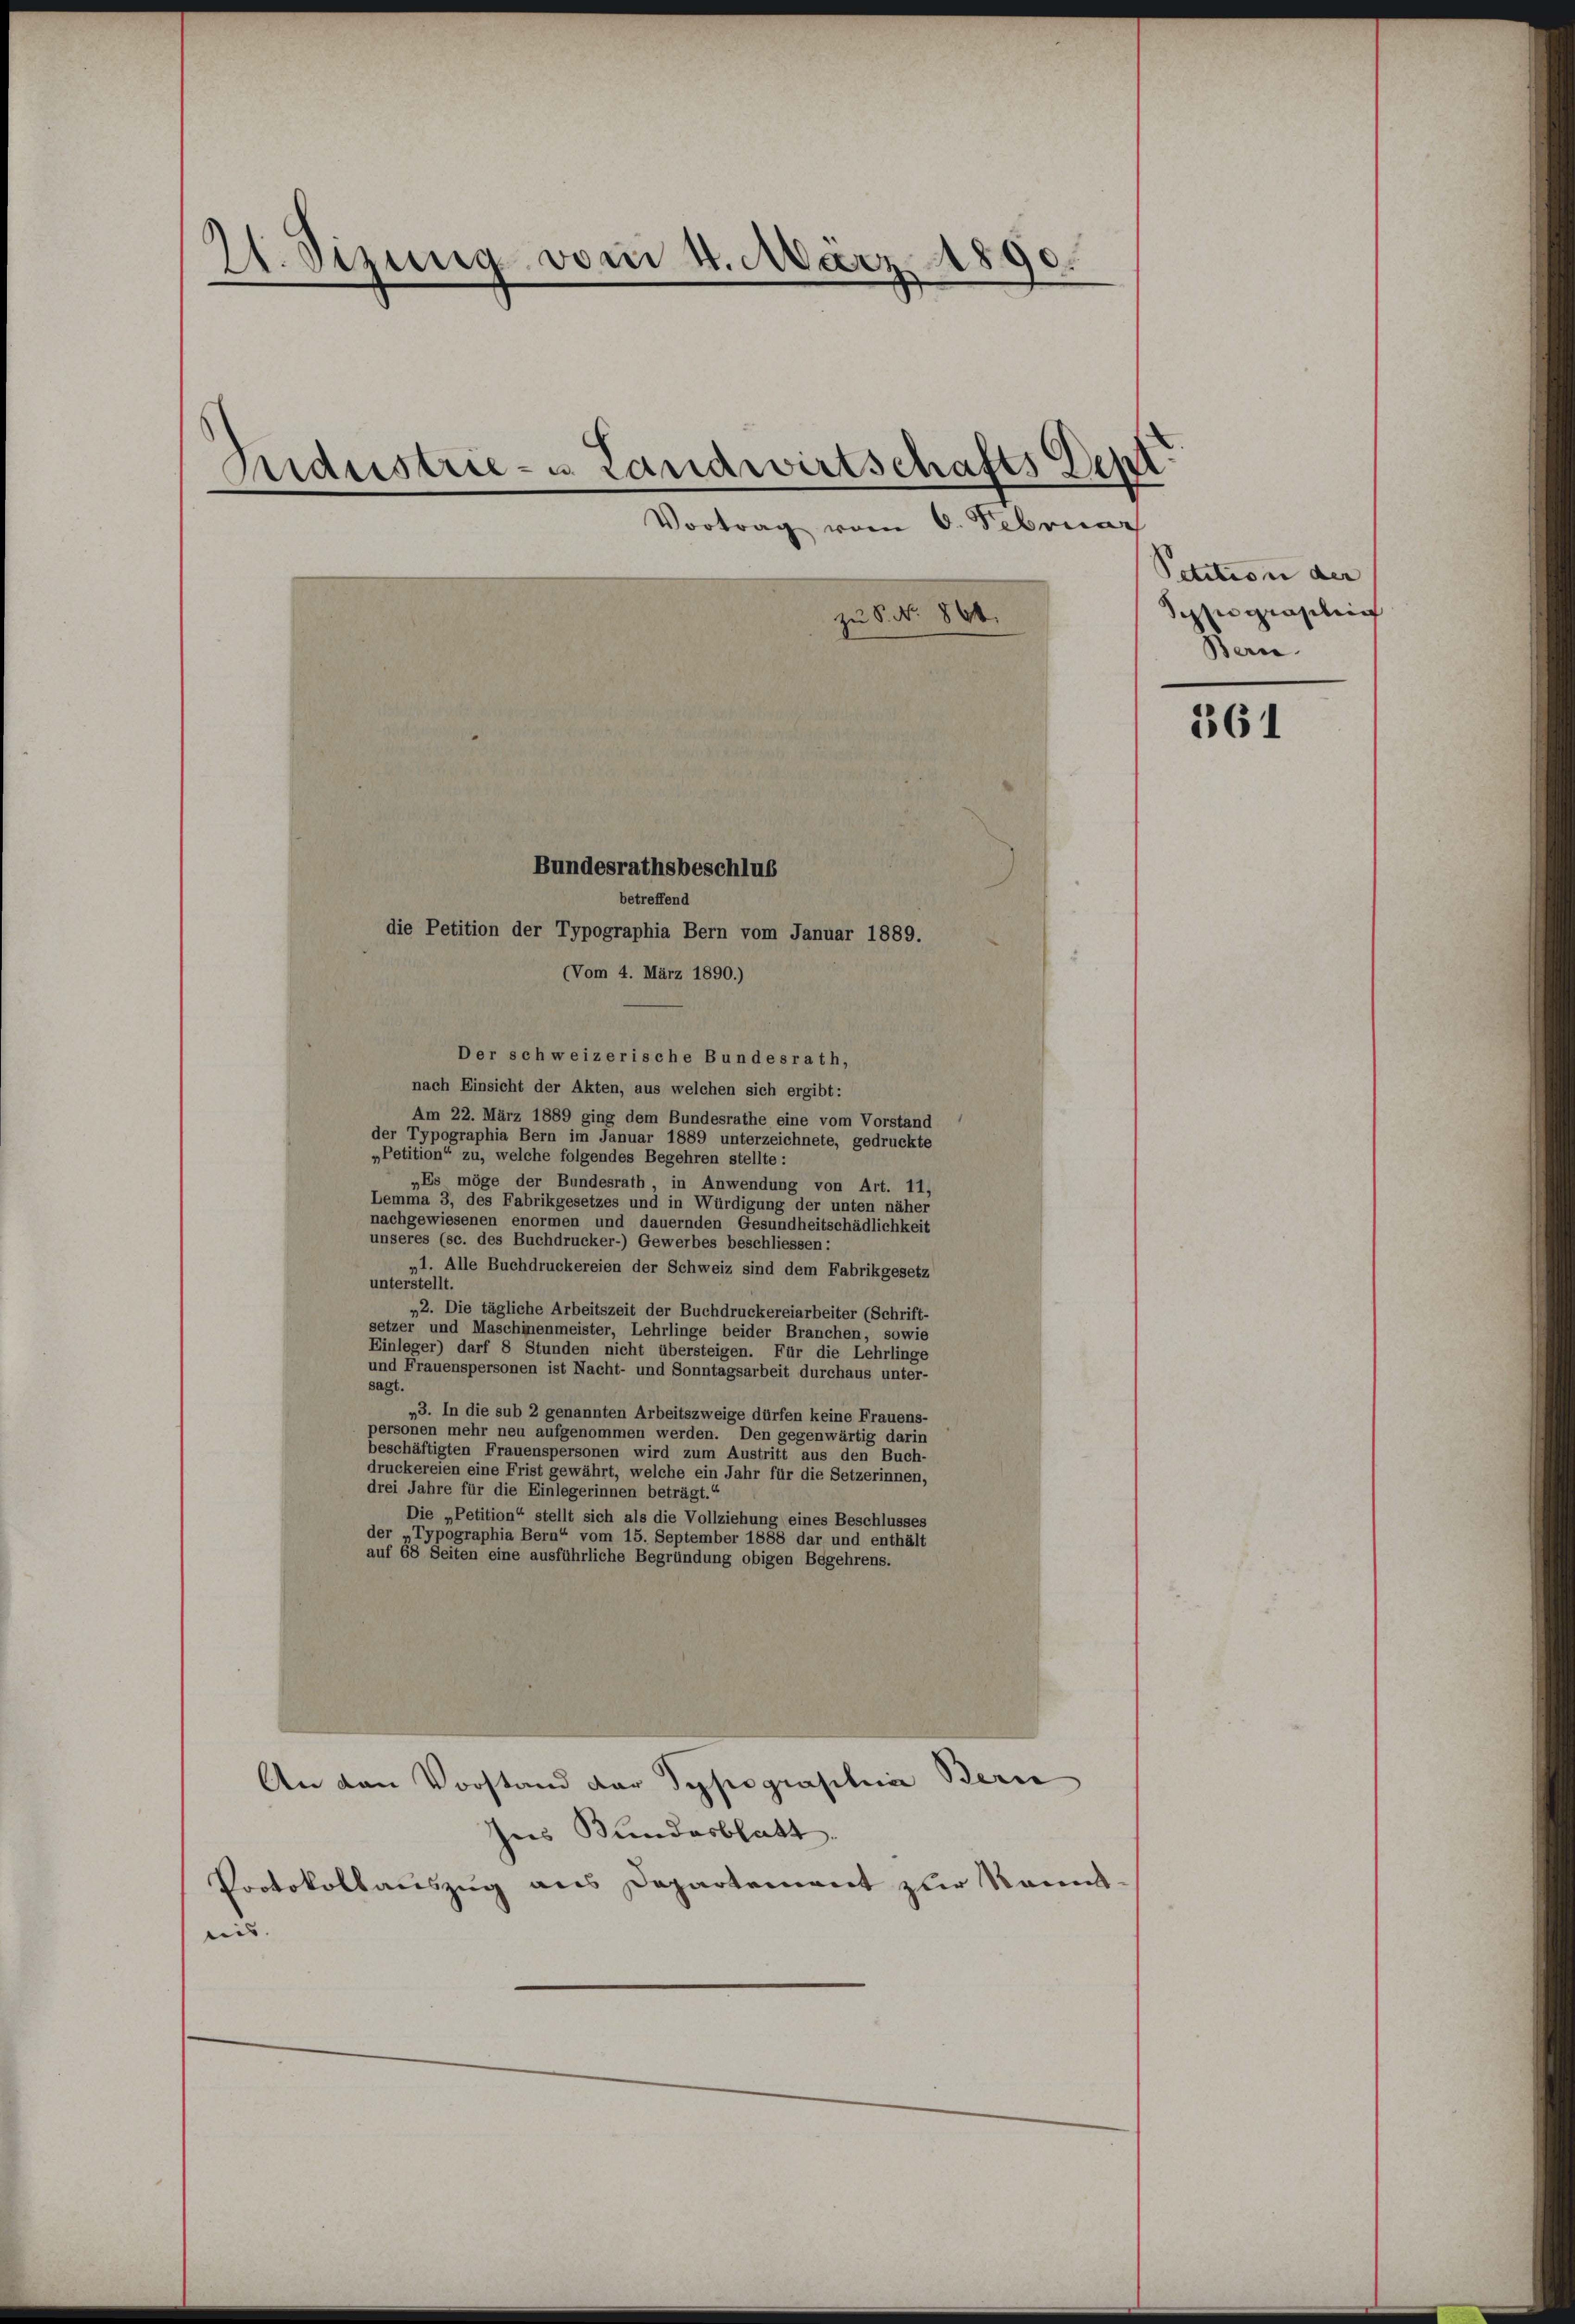
A. Sitzung vom 4. März 1890.
Manistrie- Landwirtschafts der
Vortrag vom 6. Februar
zu S. No. 866.

Bundesrathsbeschlus
betreffend
die Petition der Typographia Bern vom Januar 1889.
(Vom 4. März 1890.)
Der schweizerische Bundesrath,
nach Einsicht der Akten, aus welchen sich ergibt:
Am 22. März 1889 ging dem Bundesrathe eine vom Vorstand
der Typographia Bern im Januar 1889 unterzeichnete, gedruckte
„Petition“ zu, welche folgendes Begehren stellte:
„Es möge der Bundesrath, in Anwendung von Art. 11,
Lemma 3, des Fabrikgesetzes und in Würdigung der unten näher
nachgewiesenen enormen und dauernden Gesundheitschädlichkeit
unseres (sc. des Buchdrucker-) Gewerbes beschliessen
„1. Alle Buchdruckereien der Schweiz sind dem Fabrikgesetz
unterstellt.
„2. Die tägliche Arbeitszeit der Buchdruckereiarbeiter (Schrift-
setzer und Maschinenmeister, Lehrlinge beider Branchen, sowie
Einleger) darf 8 Stunden nicht übersteigen. Für die Lehrlinge
und Frauenspersonen ist Nacht- und Sonntagsarbeit durchaus unter-
sagt.
„3. In die sub 2 genannten Arbeitszweige dürfen keine Frauens-
personen mehr neu aufgenommen werden. Den gegenwärtig darin
beschäftigten Frauenspersonen wird zum Austritt aus den Buch-
druckereien eine Frist gewährt, welche ein Jahr für die Setzerinnen,
drei Jahre für die Einlegerinnen beträgt.“
Die „Petition“ stellt sich als die Vollziehung eines Beschlusses
der „Typographia Bern“ vom 15. September 1888 dar und enthält
auf 68 Seiten eine ausführliche Begründung obigen Begehrens.
An den Vorstand der Typographie Beri
Ins Bundesblatt.
Protokollauszug aus Departement zur Kenntein. |

Petitio in der |
engräßlic
Bern.

361